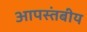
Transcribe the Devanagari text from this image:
आपस्तंबीय